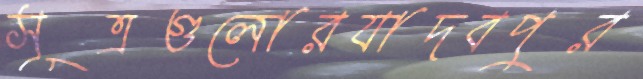
সূত্রগুলোরযাদবপুর